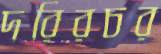
দরিরচর